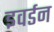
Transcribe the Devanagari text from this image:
इवर्डन